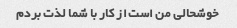
خوشحالی من است از کار با شما لذت بردم